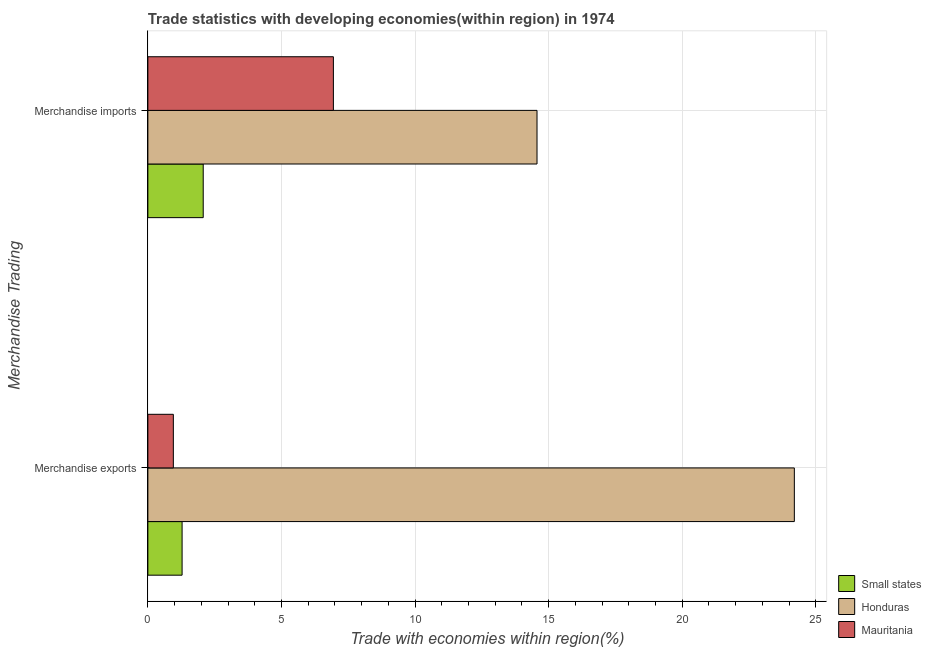
| Merchandise Trading | Small states | Honduras | Mauritania |
 | --- | --- | --- | --- |
 | Merchandise exports | 1.28 | 24.2 | 0.954 |
 | Merchandise imports | 2.07 | 14.6 | 6.94 |